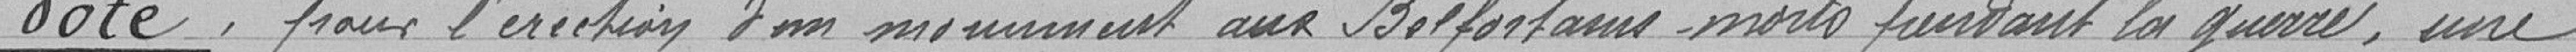
vote, pour l'érection d'un monument aux Belfortains morts pendant la guerre, une